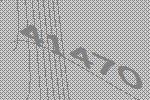
41470